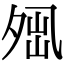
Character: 𡖕